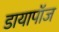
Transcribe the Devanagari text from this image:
डायापॉज